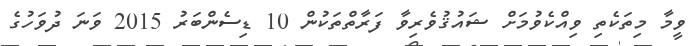
ވީމާ މިތަކެތި ވިއްކެވުމަށް ޝައުޤުވެރިވާ ފަރާތްތަކުން 10 ޑިސެންބަރު 2015 ވަނަ ދުވަހުގެ